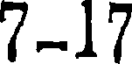
7-17